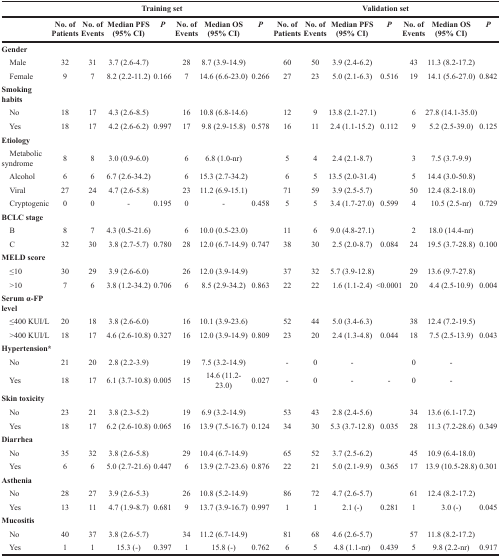
<table><thead><tr><td></td><td colspan="7"><b>Training set</b></td><td colspan="7"><b>Validation set</b></td></tr><tr><td></td><td><b>No. of Patients</b></td><td><b>No. of Events</b></td><td><b>Median PFS (95% CI)</b></td><td><b><i>P</i></b></td><td><b>No. of Events</b></td><td><b>Median OS (95% CI)</b></td><td><b><i>P</i></b></td><td><b>No. of Patients</b></td><td><b>No. of Events</b></td><td><b>Median PFS (95% CI)</b></td><td><b><i>P</i></b></td><td><b>No. of Events</b></td><td><b>Median OS (95% CI)</b></td><td><b><i>P</i></b></td></tr></thead><tbody><tr><td><b>Gender</b></td><td></td><td></td><td></td><td></td><td></td><td></td><td></td><td></td><td></td><td></td><td></td><td></td><td></td><td></td></tr><tr><td> Male</td><td>32</td><td>31</td><td>3.7 (2.6-4.7)</td><td></td><td>28</td><td>8.7 (3.9-14.9)</td><td></td><td>60</td><td>50</td><td>3.9 (2.4-6.2)</td><td></td><td>43</td><td>11.3 (8.2-17.2)</td><td></td></tr><tr><td> Female</td><td>9</td><td>7</td><td>8.2 (2.2-11.2)</td><td>0.166</td><td>7</td><td>14.6 (6.6-23.0)</td><td>0.266</td><td>27</td><td>23</td><td>5.0 (2.1-6.3)</td><td>0.516</td><td>19</td><td>14.1 (5.6-27.0)</td><td>0.842</td></tr><tr><td><b>Smoking habits</b></td><td></td><td></td><td></td><td></td><td></td><td></td><td></td><td></td><td></td><td></td><td></td><td></td><td></td><td></td></tr><tr><td> No</td><td>18</td><td>17</td><td>4.3 (2.6-8.5)</td><td></td><td>16</td><td>10.8 (6.8-14.6)</td><td></td><td>12</td><td>9</td><td>13.8 (2.1-27.1)</td><td></td><td>6</td><td>27.8 (14.1-35.0)</td><td></td></tr><tr><td> Yes</td><td>18</td><td>17</td><td>4.2 (2.6-6.2)</td><td>0.997</td><td>17</td><td>9.8 (2.9-15.8)</td><td>0.578</td><td>16</td><td>11</td><td>2.4 (1.1-15.2)</td><td>0.112</td><td>9</td><td>5.2 (2.5-39.0)</td><td>0.125</td></tr><tr><td><b>Etiology</b></td><td></td><td></td><td></td><td></td><td></td><td></td><td></td><td></td><td></td><td></td><td></td><td></td><td></td><td></td></tr><tr><td> Metabolic syndrome</td><td>8</td><td>8</td><td>3.0 (0.9-6.0)</td><td></td><td>6</td><td>6.8 (1.0-nr)</td><td></td><td>5</td><td>4</td><td>2.4 (2.1-8.7)</td><td></td><td>3</td><td>7.5 (3.7-9.9)</td><td></td></tr><tr><td> Alcohol</td><td>6</td><td>6</td><td>6.7 (2.6-34.2)</td><td></td><td>6</td><td>15.3 (2.7-34.2)</td><td></td><td>6</td><td>5</td><td>13.5 (2.0-31.4)</td><td></td><td>5</td><td>14.4 (3.0-50.8)</td><td></td></tr><tr><td> Viral</td><td>27</td><td>24</td><td>4.7 (2.6-5.8)</td><td></td><td>23</td><td>11.2 (6.9-15.1)</td><td></td><td>71</td><td>59</td><td>3.9 (2.5-5.7)</td><td></td><td>50</td><td>12.4 (8.2-18.0)</td><td></td></tr><tr><td> Cryptogenic</td><td>0</td><td>0</td><td>-</td><td>0.195</td><td>0</td><td>-</td><td>0.458</td><td>5</td><td>5</td><td>3.4 (1.7-27.0)</td><td>0.599</td><td>4</td><td>10.5 (2.5-nr)</td><td>0.729</td></tr><tr><td><b>BCLC stage</b></td><td></td><td></td><td></td><td></td><td></td><td></td><td></td><td></td><td></td><td></td><td></td><td></td><td></td><td></td></tr><tr><td> B</td><td>8</td><td>7</td><td>4.3 (0.5-21.6)</td><td></td><td>6</td><td>10.0 (0.5-23.0)</td><td></td><td>11</td><td>6</td><td>9.0 (4.8-27.1)</td><td></td><td>2</td><td>18.0 (14.4-nr)</td><td></td></tr><tr><td> C</td><td>32</td><td>30</td><td>3.8 (2.7-5.7)</td><td>0.780</td><td>28</td><td>12.0 (6.7-14.9)</td><td>0.747</td><td>38</td><td>30</td><td>2.5 (2.0-8.7)</td><td>0.084</td><td>24</td><td>19.5 (3.7-28.8)</td><td>0.100</td></tr><tr><td><b>MELD score</b></td><td></td><td></td><td></td><td></td><td></td><td></td><td></td><td></td><td></td><td></td><td></td><td></td><td></td><td></td></tr><tr><td> ≤10</td><td>30</td><td>29</td><td>3.9 (2.6-6.0)</td><td></td><td>26</td><td>12.0 (3.9-14.9)</td><td></td><td>37</td><td>32</td><td>5.7 (3.9-12.8)</td><td></td><td>29</td><td>13.6 (9.7-27.8)</td><td></td></tr><tr><td> &gt;10</td><td>7</td><td>6</td><td>3.8 (1.2-34.2)</td><td>0.706</td><td>6</td><td>8.5 (2.9-34.2)</td><td>0.863</td><td>22</td><td>22</td><td>1.6 (1.1-2.4)</td><td>&lt;0.0001</td><td>20</td><td>4.4 (2.5-10.9)</td><td>0.004</td></tr><tr><td><b>Serum α-FP level</b></td><td></td><td></td><td></td><td></td><td></td><td></td><td></td><td></td><td></td><td></td><td></td><td></td><td></td><td></td></tr><tr><td> ≤400 KUI/L</td><td>20</td><td>18</td><td>3.8 (2.6-6.0)</td><td></td><td>16</td><td>10.1 (3.9-23.6)</td><td></td><td>52</td><td>44</td><td>5.0 (3.4-6.3)</td><td></td><td>38</td><td>12.4 (7.2-19.5)</td><td></td></tr><tr><td> &gt;400 KUI/L</td><td>18</td><td>17</td><td>4.6 (2.6-10.8)</td><td>0.327</td><td>16</td><td>12.0 (3.9-14.9)</td><td>0.809</td><td>23</td><td>20</td><td>2.4 (1.3-4.8)</td><td>0.044</td><td>18</td><td>7.5 (2.5-13.9)</td><td>0.043</td></tr><tr><td><b>Hypertension<sup>*</sup></b></td><td></td><td></td><td></td><td></td><td></td><td></td><td></td><td></td><td></td><td></td><td></td><td></td><td></td><td></td></tr><tr><td> No</td><td>21</td><td>20</td><td>2.8 (2.2-3.9)</td><td></td><td>19</td><td>7.5 (3.2-14.9)</td><td></td><td>-</td><td>0</td><td>-</td><td></td><td>0</td><td>-</td><td></td></tr><tr><td> Yes</td><td>18</td><td>17</td><td>6.1 (3.7-10.8)</td><td>0.005</td><td>15</td><td>14.6 (11.2-23.0)</td><td>0.027</td><td>-</td><td>0</td><td>-</td><td>-</td><td>0</td><td>-</td><td></td></tr><tr><td><b>Skin toxicity</b></td><td></td><td></td><td></td><td></td><td></td><td></td><td></td><td></td><td></td><td></td><td></td><td></td><td></td><td></td></tr><tr><td> No</td><td>23</td><td>21</td><td>3.8 (2.3-5.2)</td><td></td><td>19</td><td>6.9 (3.2-14.9)</td><td></td><td>53</td><td>43</td><td>2.8 (2.4-5.6)</td><td></td><td>34</td><td>13.6 (6.1-17.2)</td><td></td></tr><tr><td> Yes</td><td>18</td><td>17</td><td>6.2 (2.6-10.8)</td><td>0.065</td><td>16</td><td>13.9 (7.5-16.7)</td><td>0.124</td><td>34</td><td>30</td><td>5.3 (3.7-12.8)</td><td>0.035</td><td>28</td><td>11.3 (7.2-28.6)</td><td>0.349</td></tr><tr><td><b>Diarrhea</b></td><td></td><td></td><td></td><td></td><td></td><td></td><td></td><td></td><td></td><td></td><td></td><td></td><td></td><td></td></tr><tr><td> No</td><td>35</td><td>32</td><td>3.8 (2.6-5.8)</td><td></td><td>29</td><td>10.4 (6.7-14.9)</td><td></td><td>65</td><td>52</td><td>3.7 (2.5-6.2)</td><td></td><td>45</td><td>10.9 (6.4-18.0)</td><td></td></tr><tr><td> Yes</td><td>6</td><td>6</td><td>5.0 (2.7-21.6)</td><td>0.447</td><td>6</td><td>13.9 (2.7-23.6)</td><td>0.876</td><td>22</td><td>21</td><td>5.0 (2.1-9.9)</td><td>0.365</td><td>17</td><td>13.9 (10.5-28.8)</td><td>0.301</td></tr><tr><td><b>Asthenia</b></td><td></td><td></td><td></td><td></td><td></td><td></td><td></td><td></td><td></td><td></td><td></td><td></td><td></td><td></td></tr><tr><td> No</td><td>28</td><td>27</td><td>3.9 (2.6-5.3)</td><td></td><td>26</td><td>10.8 (5.2-14.9)</td><td></td><td>86</td><td>72</td><td>4.7 (2.6-5.7)</td><td></td><td>61</td><td>12.4 (8.2-17.2)</td><td></td></tr><tr><td> Yes</td><td>13</td><td>11</td><td>4.7 (1.9-8.7)</td><td>0.681</td><td>9</td><td>13.7 (3.9-16.7)</td><td>0.997</td><td>1</td><td>1</td><td>2.1 (−)</td><td>0.281</td><td>1</td><td>3.0 (−)</td><td>0.045</td></tr><tr><td><b>Mucositis</b></td><td></td><td></td><td></td><td></td><td></td><td></td><td></td><td></td><td></td><td></td><td></td><td></td><td></td><td></td></tr><tr><td> No</td><td>40</td><td>37</td><td>3.8 (2.6-5.7)</td><td></td><td>34</td><td>11.2 (6.7-14.9)</td><td></td><td>81</td><td>68</td><td>4.6 (2.6-5.7)</td><td></td><td>57</td><td>11.8 (8.2-17.2)</td><td></td></tr><tr><td> Yes</td><td>1</td><td>1</td><td>15.3 (−)</td><td>0.397</td><td>1</td><td>15.8 (−)</td><td>0.762</td><td>6</td><td>5</td><td>4.8 (1.1-nr)</td><td>0.439</td><td>5</td><td>9.8 (2.2-nr)</td><td>0.917</td></tr></tbody></table>